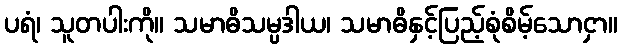
ပရံ၊ သူတပါးကို။ သမာဓိသမ္ပဒါယ၊ သမာဓိနှင့်ပြည့်စုံစိမ့်သောငှာ။